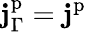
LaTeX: \mathbf{j}_{\Gamma}^{\mathrm{p}}=\mathbf{j}^{\mathrm{p}}